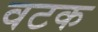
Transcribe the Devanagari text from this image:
वटक